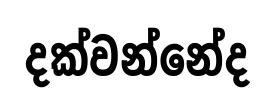
දක්වන්නේද